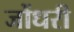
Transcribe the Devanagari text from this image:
जोंधरी